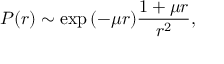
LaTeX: P ( r ) \sim \exp { \left( - \mu r \right) } \frac { 1 + \mu r } { r ^ { 2 } } ,